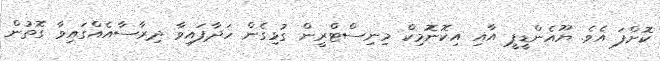
ކޮށްފަ އެވެ. ޔޫއެންޑީޕީ އާއި އިކޮނޮމިކް މިނިސްޓްރީން ގުޅިގެން ހަދާފައިވާ ދިރާސާއެއްގައިވާ ގޮތުން